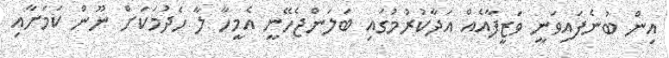
އިން ބުނެފައިވަނީ ވަޒީފާއެއް އަދާކުރުމުގައި ބަލަންޖެހޭނީ އެމީހާ ލާ ހެދުމަކަށް ނޫން ކަމަށާއި